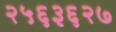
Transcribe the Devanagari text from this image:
२५६३६२७